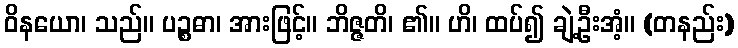
ဝိနယော၊ သည်။ ပဉ္စဓာ၊ အားဖြင့်။ ဘိဇ္ဇတိ၊ ၏။ ဟိ၊ ထပ်၍ ချဲ့ဦးအံ့။ (တနည်း)